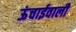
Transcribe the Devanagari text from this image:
ऊंचाईवाली